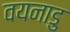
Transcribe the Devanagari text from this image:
वयनाडु